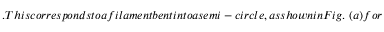
. T h i s c o r r e s p o n d s t o a f i l a m e n t b e n t i n t o a s e m i - c i r c l e , a s s h o w n i n F i g . ~ ( a ) f o r